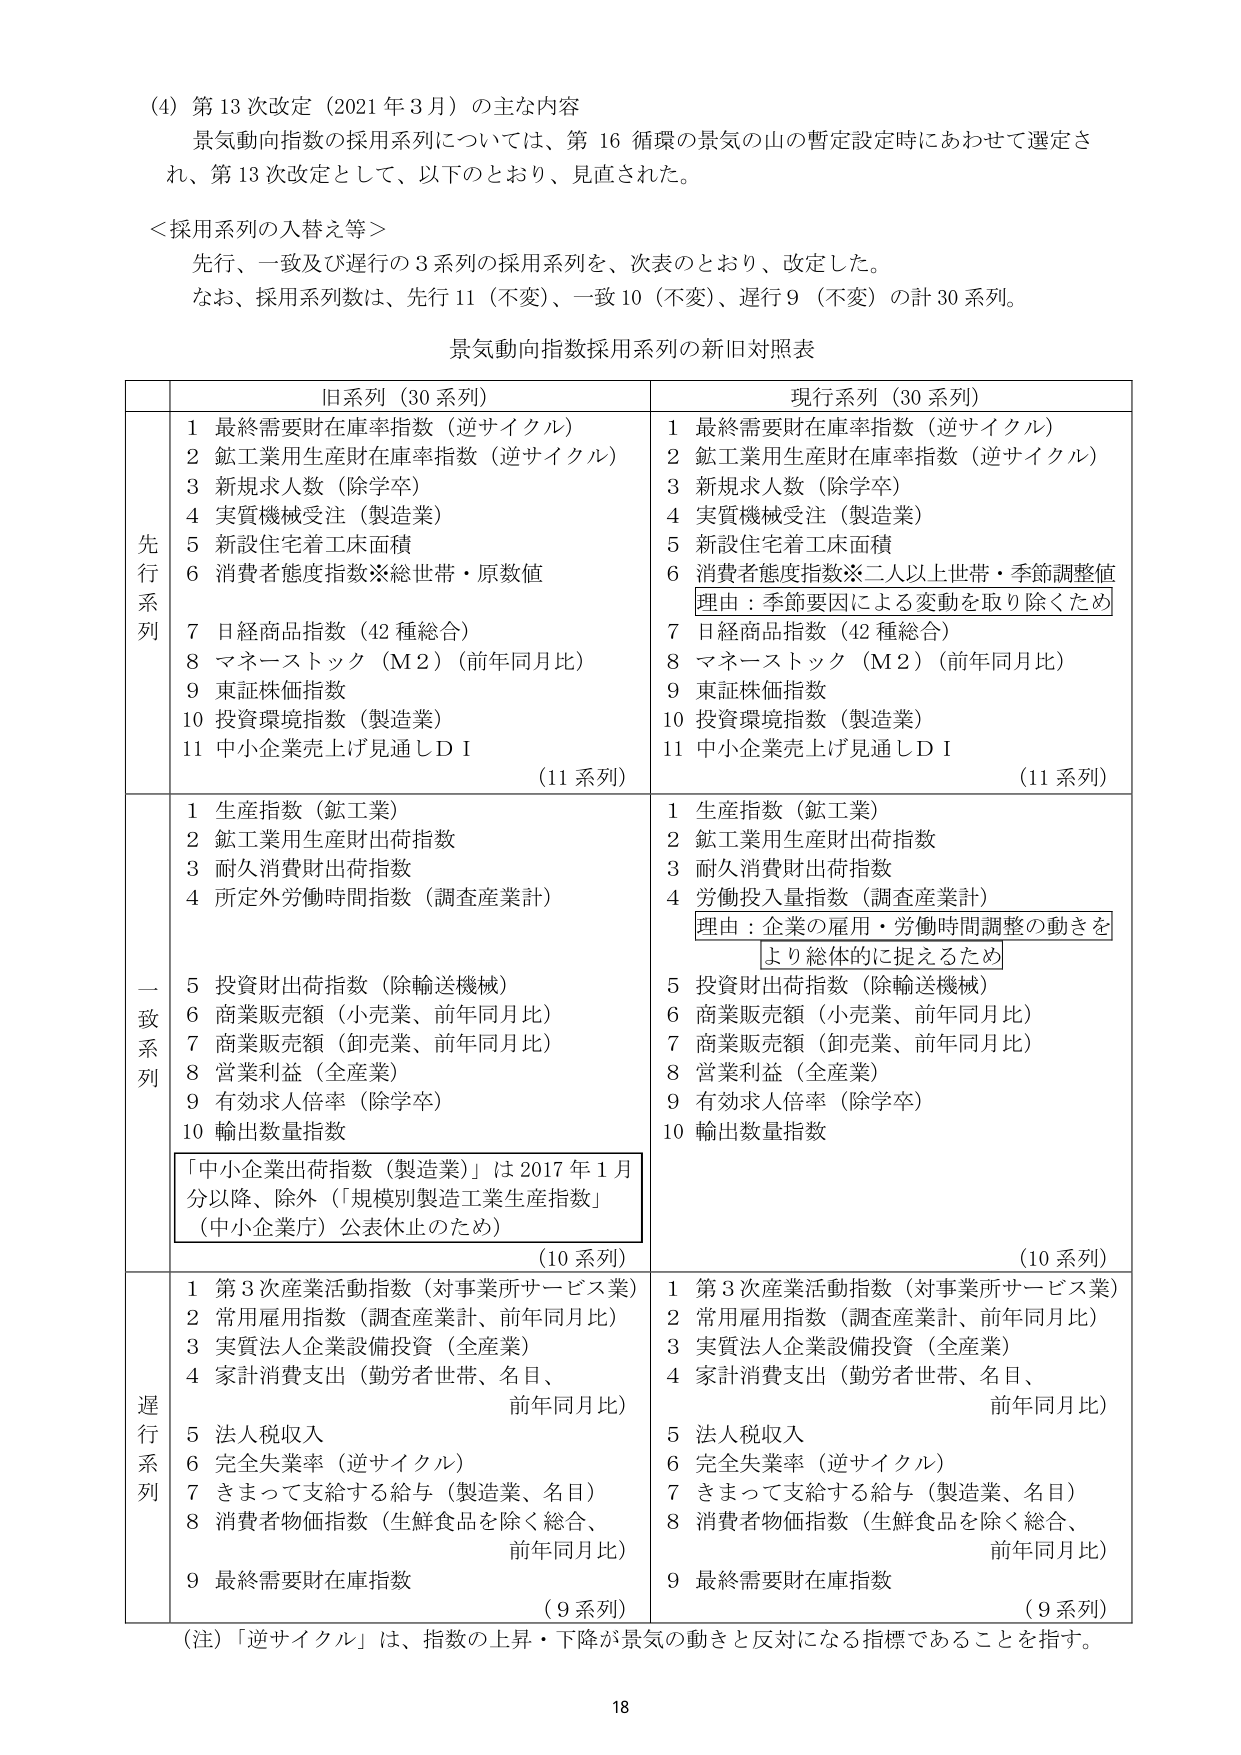
(4) 第13次改定（2021年3月）の主な内容
景気動向指数の採用系列については、第16循環の景気の山の暫定設定時にあわせて選定され、第13次改定として、以下のとおり、見直された。

＜採用系列の入替え等＞
先行、一致及び遅行の3系列の採用系列を、次表のとおり、改定した。
なお、採用系列数は、先行11（不変）、一致10（不変）、遅行9（不変）の計30系列。

景気動向指数採用系列の新旧対照表

| | 旧系列（30系列） | 現行系列（30系列） |
|---|---|---|
| **先行系列** | | |
| | 1 最終需要財在庫率指数（逆サイクル） | 1 最終需要財在庫率指数（逆サイクル） |
| | 2 鉱工業用生産財在庫率指数（逆サイクル） | 2 鉱工業用生産財在庫率指数（逆サイクル） |
| | 3 新規求人数（除学卒） | 3 新規求人数（除学卒） |
| | 4 実質機械受注（製造業） | 4 実質機械受注（製造業） |
| | 5 新設住宅着工床面積 | 5 新設住宅着工床面積 |
| | 6 消費者態度指数※総世帯・原数值 | 6 消費者態度指数※二人以上世帯・季節調整値<br>理由：季節要因による変動を取り除くため |
| | 7 日経商品指数（42種総合） | 7 日経商品指数（42種総合） |
| | 8 マネーストック（M2）（前年同月比） | 8 マネーストック（M2）（前年同月比） |
| | 9 東証株価指数 | 9 東証株価指数 |
| | 10 投資環境指数（製造業） | 10 投資環境指数（製造業） |
| | 11 中小企業売上げ見通しＤＩ | 11 中小企業売上げ見通しＤＩ |
| | （11系列） | （11系列） |
| **一致系列** | | |
| | 1 生産指数（鉱工業） | 1 生産指数（鉱工業） |
| | 2 鉱工業用生産財出荷指数 | 2 鉱工業用生産財出荷指数 |
| | 3 耐久消費財出荷指数 | 3 耐久消費財出荷指数 |
| | 4 所定外労働時間指数（調査産業計） | 4 労働投入量指数（調査産業計）<br>理由：企業の雇用・労働時間調整の動きを<br>より総体的に捉えるため |
| | 5 投資財出荷指数（除輸送機械） | 5 投資財出荷指数（除輸送機械） |
| | 6 商業販売額（小売業、前年同月比） | 6 商業販売額（小売業、前年同月比） |
| | 7 商業販売額（卸売業、前年同月比） | 7 商業販売額（卸売業、前年同月比） |
| | 8 営業利益（全産業） | 8 営業利益（全産業） |
| | 9 有効求人倍率（除学卒） | 9 有効求人倍率（除学卒） |
| | 10 輸出数量指数 | 10 輸出数量指数 |
| | 「中小企業出荷指数（製造業）」は2017年1月分以降、除外（「規模別製造工業生産指数」（中小企業庁）公表休止のため） | |
| | （10系列） | （10系列） |
| **遅行系列** | | |
| | 1 第3次産業活動指数（対事業所サービス業） | 1 第3次産業活動指数（対事業所サービス業） |
| | 2 常用雇用指数（調査産業計、前年同月比） | 2 常用雇用指数（調査産業計、前年同月比） |
| | 3 実質法人企業設備投資（全産業） | 3 実質法人企業設備投資（全産業） |
| | 4 家計消費支出（勤労者世帯、名目、前年同月比） | 4 家計消費支出（勤労者世帯、名目、前年同月比） |
| | 5 法人税収入 | 5 法人税収入 |
| | 6 完全失業率（逆サイクル） | 6 完全失業率（逆サイクル） |
| | 7 きまって支給する給与（製造業、名目） | 7 きまって支給する給与（製造業、名目） |
| | 8 消費者物価指数（生鮮食品を除く総合、前年同月比） | 8 消費者物価指数（生鮮食品を除く総合、前年同月比） |
| | 9 最終需要財在庫指数 | 9 最終需要財在庫指数 |
| | （9系列） | （9系列） |

（注）「逆サイクル」は、指数の上昇・下降が景気の動きと反対になる指標であることを指す。

18